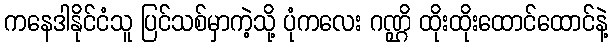
ကနေဒါနိုင်ငံသူ ပြင်သစ်မှာကဲ့သို့ ပုံကလေး ဂဏ္ဌိ ထိုးထိုးထောင်ထောင်နဲ့